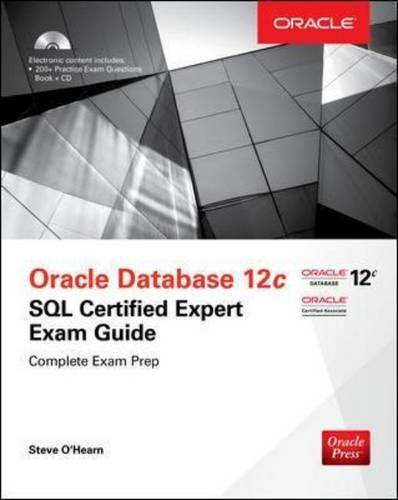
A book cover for OCA Oracle Database 12c SQL Certified Expert Exam Guide (Oracle Press); Steve O'Hearn ; Computers & Technology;